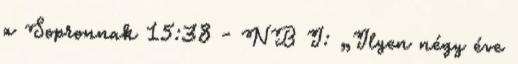
a Sopronnak 15:38 - NB I: „Ilyen négy éve